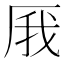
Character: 𠩙